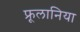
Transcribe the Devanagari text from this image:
फ्रूलानिया